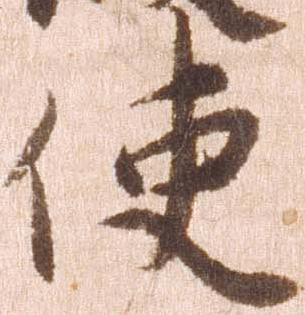
使